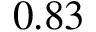
0 . 8 3